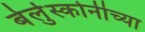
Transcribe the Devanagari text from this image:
बेर्लुस्कोनीच्या